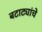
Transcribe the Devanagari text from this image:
बटाट्यांचे